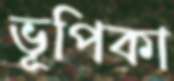
ভূপিকা